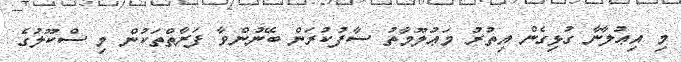
މި އިޢުލާނާ ގުޅިގެން އިތުރު މަޢުލޫމާތު ސާފުކުރަން ބޭނުންވާ ފަރާތްތަކުން މި ސްކޫލުގެ